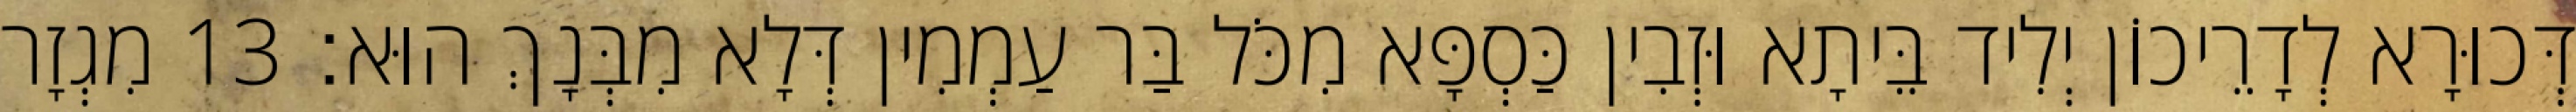
דְּכוּרָא לְדָרֵיכוֹן יְלִיד בֵּיתָא וּזְבִין כַּסְפָּא מִכֹּל בַּר עַמְמִין דְּלָא מִבְּנָךְ הוּא׃ 13 מִגְזָר